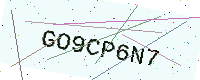
Text: GO9CP6N7